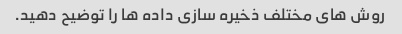
روش های مختلف ذخیره سازی داده ها را توضیح دهید.